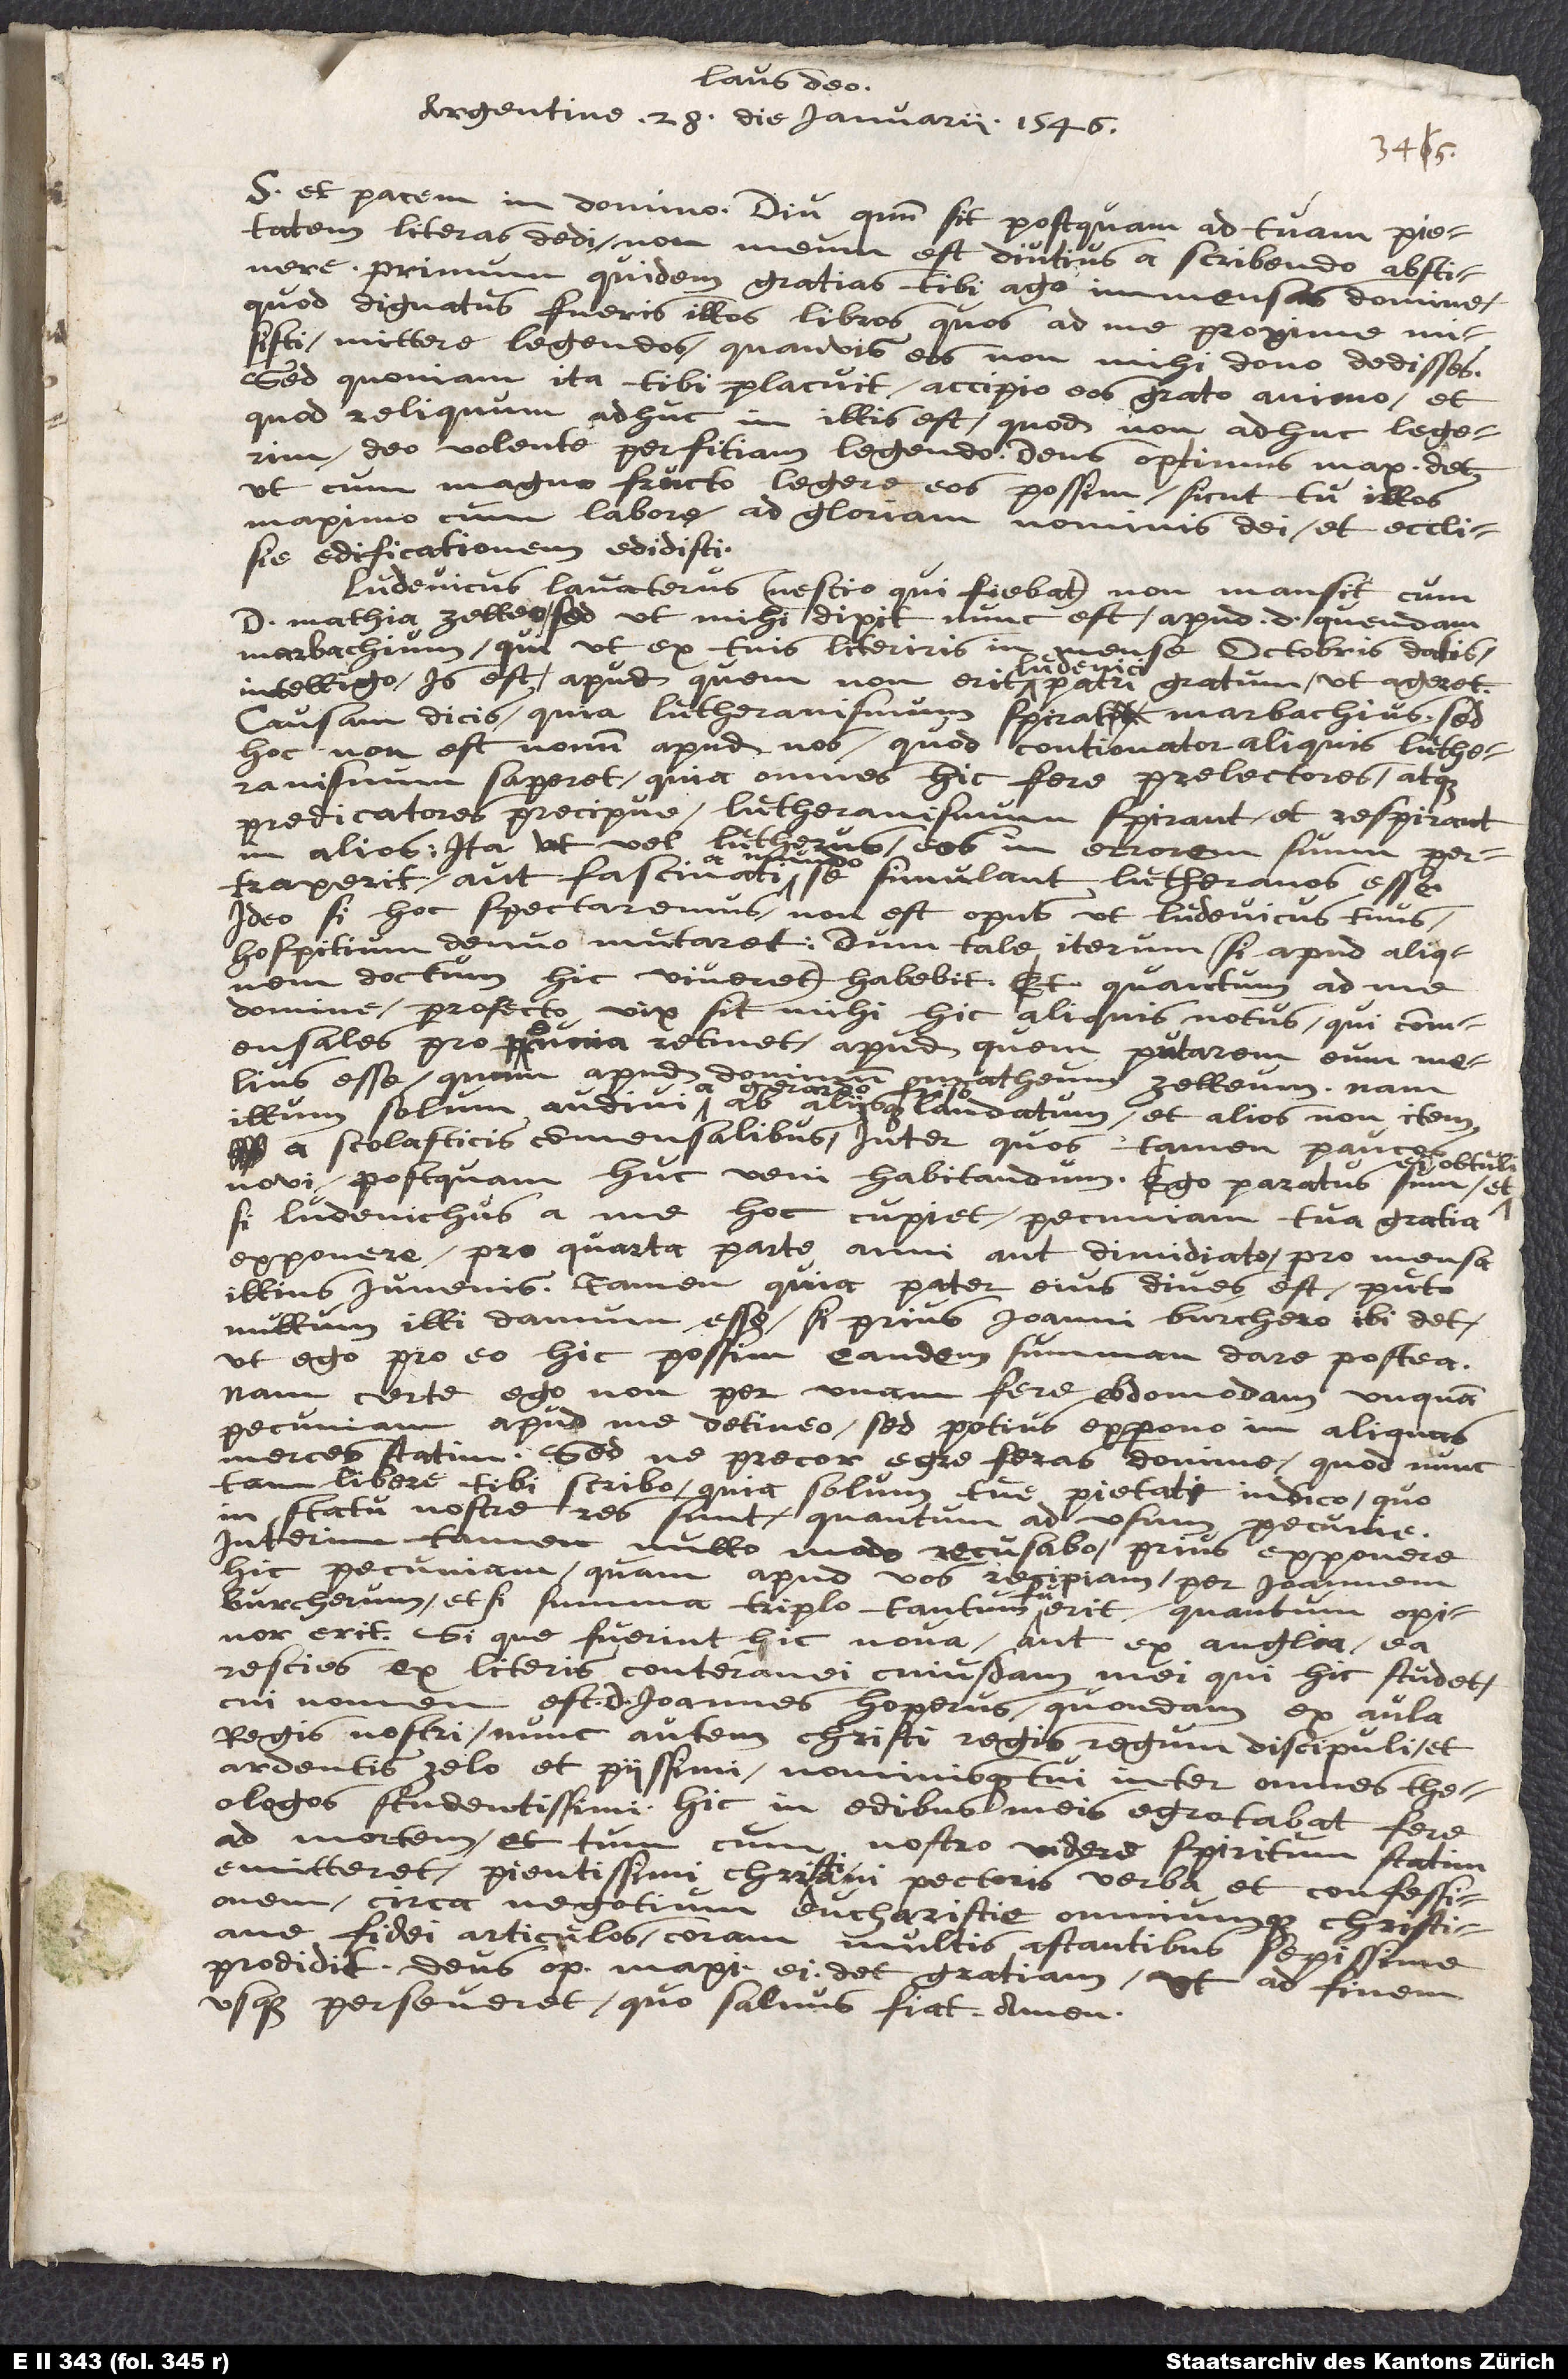
Laus deo!
Argentine, 28. die ianuarii 1546.
edificationem edidisti.
Ludevicus Lavaterus (nescio qui fiebat) non mansit cum
d. Matthia Zelleo, sed, ut mihi dixit, nunc est apud d. quendam
Marbachium, qui, ut ex tuis literis in mense octobris datis
intelligo, is est, apud quem non erit Ludevici patri gratum ut ageret.
Causam dicis, quia Lutheranismum spirat Marbachius; sed
hoc non est novum apud nos, quod contionator aliquis Lutheranismum
saperet, quia omnes hic fere prelectores atque
predicatores precipue Lutheranismum spirant et respirant
in alios; ita ut vel Lutherus eos in errorem suum
pertraxerit, aut fascinati a mundo se simulant Lutheranos esse.
Ideo si hoc spectaremus, non est opus ut Ludevicus tuus
hospitium denuo mutaret, dum tale iterum (si apud aliquem
doctum hic viveret) habebit. Et quantum ad me,
domine, profecto vix sit mihi hic aliquis notus, qui commensales
pecunia retinet, apud quem putarem eum melius
esse quam apud
dominum Mattheum Zelleum. Nam
illum solum audivi a Gerardo Friso ab aliisque laudatum, et alios non item
a scolasticis commensalibus, inter quos tamen paucos
novi postquam huc veni habitandum. Ego paratus sum et
si Ludevichus a me hoc cupiet, pecuniam tua gratia
exponere, pro quarta parte anni aut dimidiato, pro mensa
illius iuvenis. Tamen, quia pater eius dives est, puto
nullum illi damum esse, si prius Ioanni Burchero ibi det,
ut ego pro eo hic possim eandem summam dare postea.
Nam certe ego non per unam fere ebdomadem unquam
pecuniam apud me detineo, sed potius expono in aliquas
merces statim. Sed ne precor egre feras, domine, quod nunc
tam libere tibi scribo, quia solum tue pietati indico, quo
statu nostre res sunt, quantum ad usum pecunie.
Interim tamen nullo modo recusabo prius exponere
hic pecuniam, quam apud vos recipiam per Ioannem
Burcherum, etsi summa triplo tantum fuerit quantum, opinor,
erit. Si que fuerint hic nova aut ex Anglia, ea
rescies ex literis conterranei cuiusdam mei, qui hic studet,
cui nomen
est d. Ioannes Hoperus, quondam ex aula
regis nostri, nunc autem Christi regis regum discipuli, et
ardentis zelo et piissimi, nominisque tui inter omnes theologos
studentissimi. Hic in edibus meis egrotabat fere
ad mortem et tum, cum
nostro videre spiritum statim
emitteret, pientissimi christiani pectoris verba et confessionem
circa negotium eucharistie omniumque christinae
fidei articulos coram multis adstantibus sepissime
prodidit. Deus optimus maximus ei det gratiam, ut
ad finem
usque perseveret, quo salvus fiat. Amen.